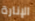
الإنارة